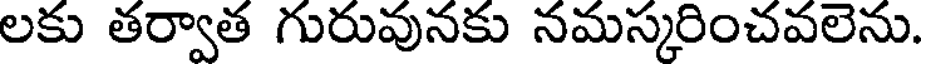
లకు తర్వాత గురువునకు నమస్కరించవలెను.